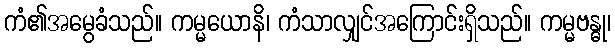
ကံ၏အမွေခံသည်။ ကမ္မယောနိ၊ ကံသာလျှင်အကြောင်းရှိသည်။ ကမ္မဗန္ဓု၊